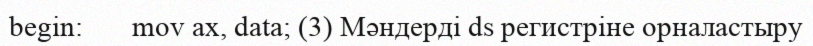
begin:       mov ax, data; (3) Мәндерді ds регистріне орналастыру